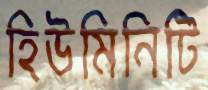
হিউমিনিটি